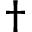
\dagger